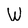
Character: W